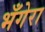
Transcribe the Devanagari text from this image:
भँगेरा